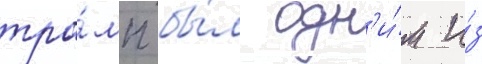
тра́мп бы́л одн'и́м и́з